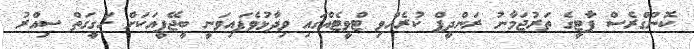
ކޮންގްރެސް ޕާޓީގެ ތަރުޖަމާނު ރަންދީޕް ކުރެއްވި ޓްވީޓެއްގައި ވިދާޅުވެފައިވަނީ ބީޖޭޕީއަކަށް ހަގީގަތް ސިއްރު